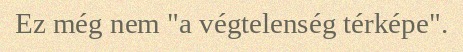
Ez még nem "a végtelenség térképe".